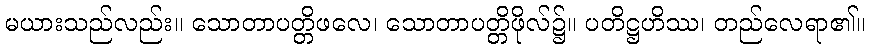
မယားသည်လည်း။ သောတာပတ္တိဖလေ၊ သောတာပတ္တိဖိုလ်၌။ ပတိဋ္ဌဟိဿ၊ တည်လေရာ၏။